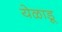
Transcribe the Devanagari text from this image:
येळाडू